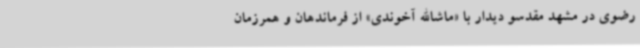
رضوی در مشهد مقدسو دیدار با «ماشاالله آخوندی» از فرماندهان و همرزمان